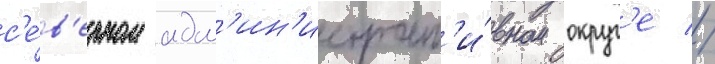
с'е́в'ерном адм'ин'истрат'и́вном округ'е //